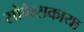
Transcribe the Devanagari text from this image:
सोवेत्सकाया